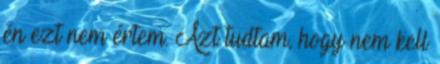
én ezt nem értem. Azt tudtam, hogy nem kell